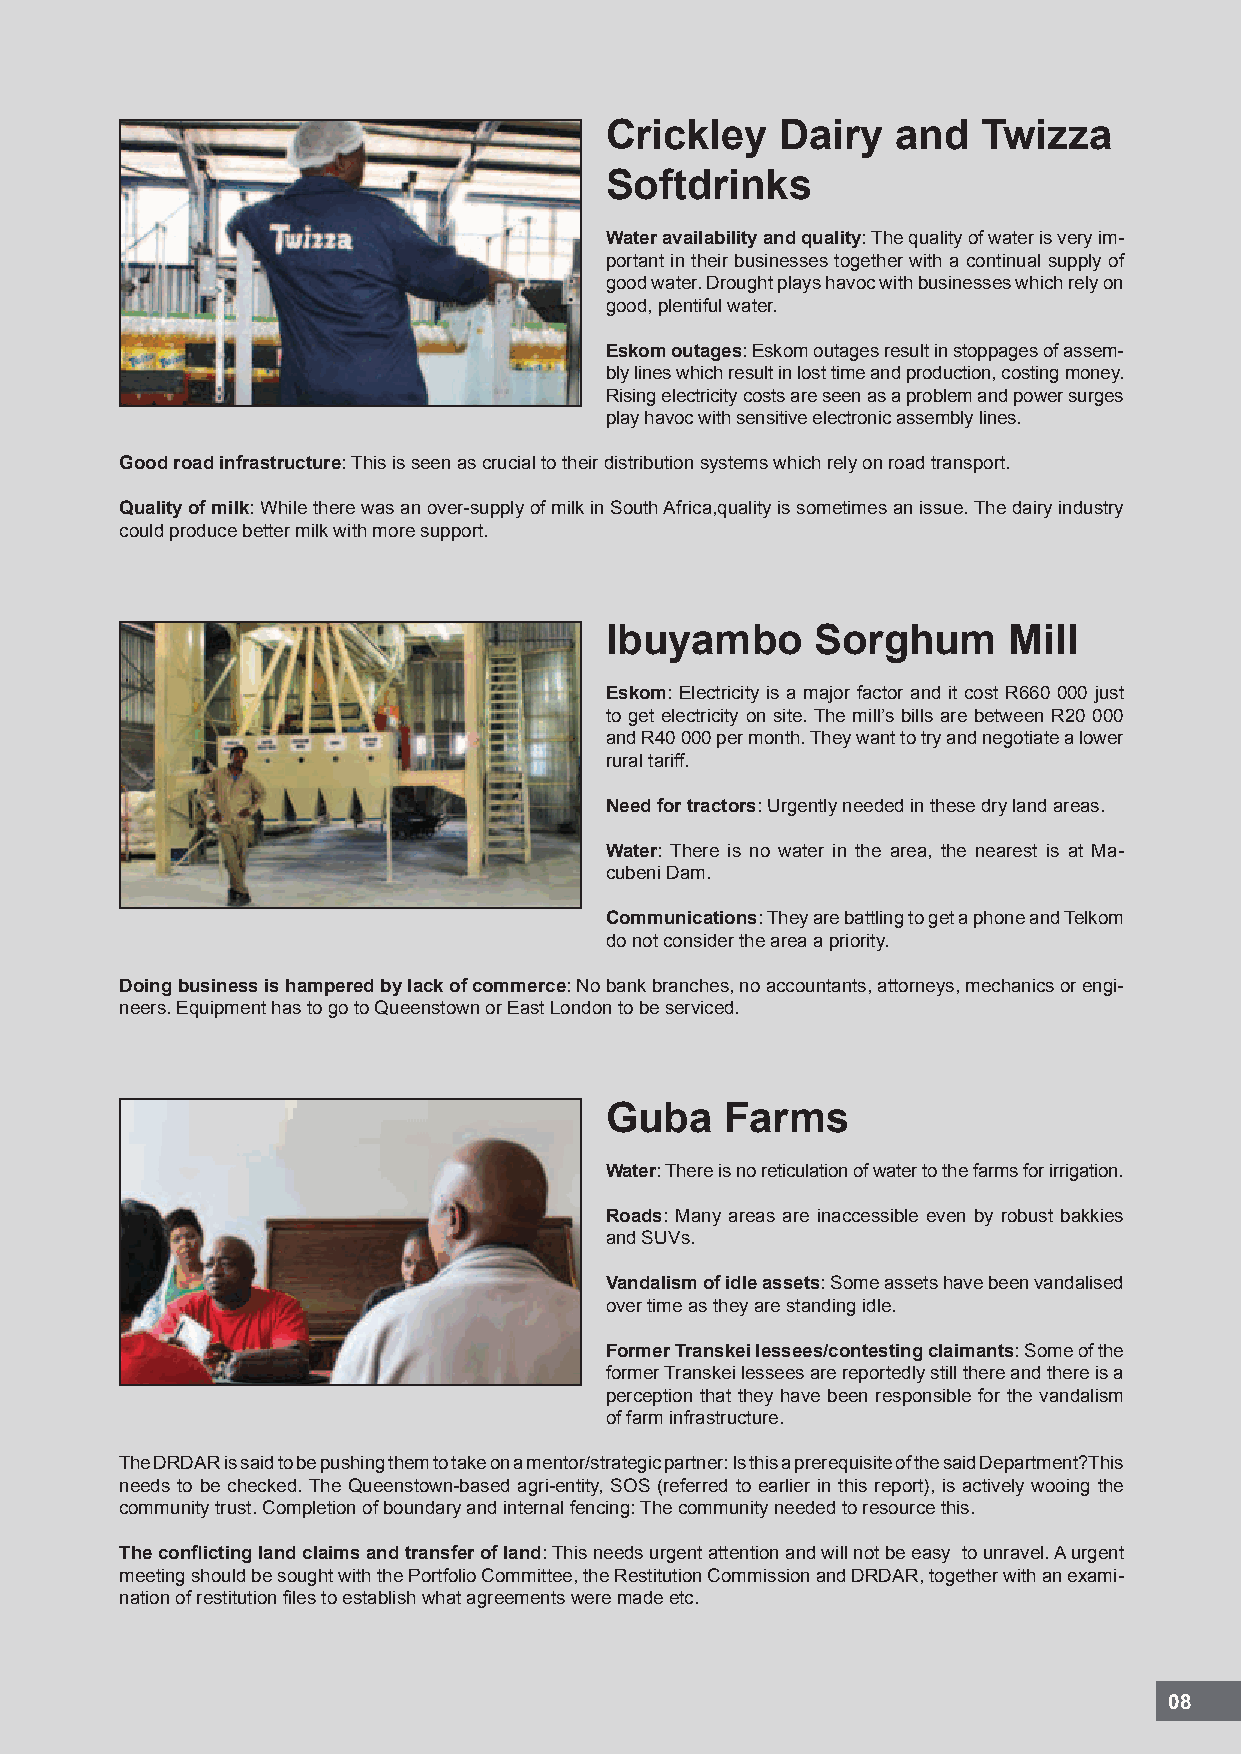
Crickley    Dairy  and   Twizza
 Softdrinks
 water availability and quality: The quality of water is very im-
 portant in their businesses together with a continual supply of
 good water. Drought plays havoc with businesses which rely on
 good, plentiful water.
 Eskom outages: Eskom outages result in stoppages of assem-
 bly lines which result in lost time and production, costing money.
 Rising electricity costs are seen as a problem and power surges
 play havoc with sensitive electronic assembly lines.
 Good road infrastructure: This is seen as crucial to their distribution systems which rely on road transport.
 Quality of milk: While there was an over-supply of milk in South Africa,quality is sometimes an issue. The dairy industry
 could produce better milk with more support.
 Ibuyambo      Sorghum      Mill
 Eskom: Electricity is a major factor and it cost R660 000 just
 to get electricity on site. The mill’s bills are between R20 000
 and R40 000 per month. They want to try and negotiate a lower
 rural tariff.
 Need for tractors: Urgently needed in these dry land areas.
 water: There is no water in the area, the nearest is at Ma-
 cubeni Dam.
 Communications: They are battling to get a phone and Telkom
 do not consider the area a priority.
 Doing business is hampered by lack of commerce: No bank branches, no accountants, attorneys, mechanics or engi-
 neers. Equipment has to go to Queenstown or East London to be serviced.
 guba    farms
 water: There is no reticulation of water to the farms for irrigation.
 roads: Many areas are inaccessible even by robust bakkies
 and SUVs.
 vandalism of idle assets: Some assets have been vandalised
 over time as they are standing idle.
 Former Transkei lessees/contesting claimants: Some of the
 former Transkei lessees are reportedly still there and there is a
 perception that they have been responsible for the vandalism
 of farm infrastructure.
 The DRDAR is said to be pushing them to take on a mentor/strategic partner: Is this a prerequisite of the said Department?This
 needs to be checked. The Queenstown-based agri-entity, SOS (referred to earlier in this report), is actively wooing the
 community trust. Completion of boundary and internal fencing: The community needed to resource this.
 The conflicting land claims and transfer of land: This needs urgent attention and will not be easy to unravel. A urgent
 meeting should be sought with the Portfolio Committee, the Restitution Commission and DRDAR, together with an exami-
 nation of restitution files to establish what agreements were made etc.
 08